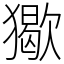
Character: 𤢔